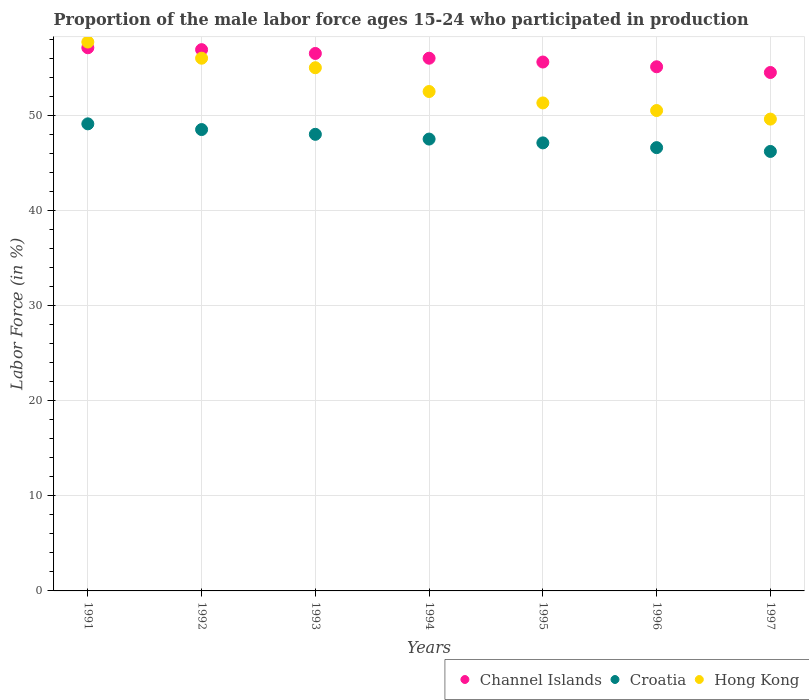
| Years | Channel Islands | Croatia | Hong Kong |
 | --- | --- | --- | --- |
 | 1991 | 57.1 | 49.1 | 57.7 |
 | 1992 | 56.9 | 48.5 | 56 |
 | 1993 | 56.5 | 48 | 55 |
 | 1994 | 56 | 47.5 | 52.5 |
 | 1995 | 55.6 | 47.1 | 51.3 |
 | 1996 | 55.1 | 46.6 | 50.5 |
 | 1997 | 54.5 | 46.2 | 49.6 |